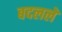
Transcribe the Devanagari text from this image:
बदललें